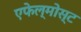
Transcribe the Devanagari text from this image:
एफेल्मोस्ट